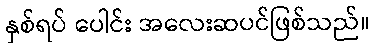
နှစ်ရပ် ပေါင်း အလေးဆပင်ဖြစ်သည်။